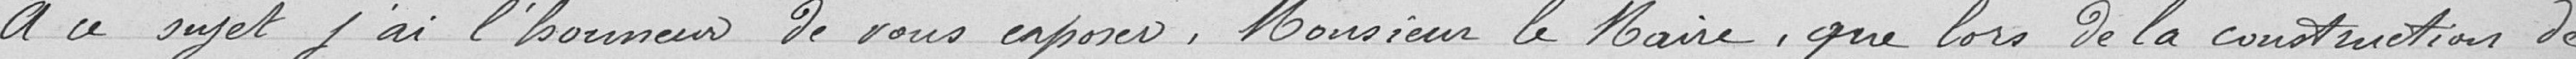
A ce sujet, j'ai l'honneur de vous exposer, Monsieur le Maire, que lors de la construction de